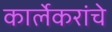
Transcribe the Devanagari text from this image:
कार्लेकरांचे